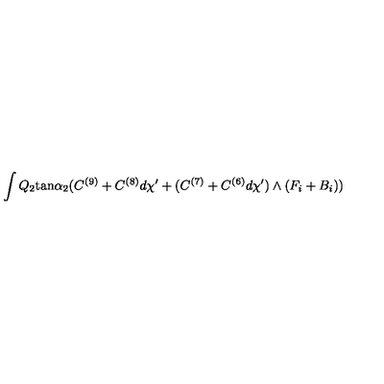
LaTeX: \int Q _ { 2 } \mathrm { t a n } \alpha _ { 2 } ( C ^ { ( 9 ) } + C ^ { ( 8 ) } d \chi ^ { \prime } + ( C ^ { ( 7 ) } + C ^ { ( 6 ) } d \chi ^ { \prime } ) \wedge ( F _ { i } + B _ { i } ) )